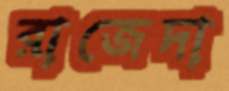
রাজেদা